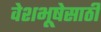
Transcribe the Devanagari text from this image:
वेशभूषेसाठी